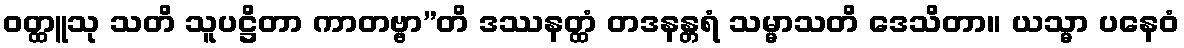
ဝတ္ထူသု သတိ သူပဋ္ဌိတာ ကာတဗ္ဗာ”တိ ဒဿနတ္ထံ တဒနန္တရံ သမ္မာသတိ ဒေသိတာ။ ယသ္မာ ပနေဝံ